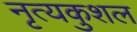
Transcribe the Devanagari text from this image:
नृत्यकुशल